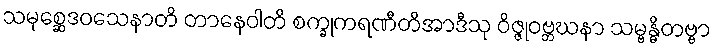
သမုစ္ဆေဒဝသေနာတိ တာနေဝါတိ စက္ခုကရဏီတိအာဒီသု ဝိဇ္ဇုဝဗ္ဘဃနာ သမ္ဗန္ဓိတဗ္ဗာ